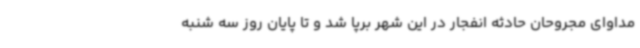
مداوای مجروحان حادثه انفجار در این شهر برپا شد و تا پایان روز سه شنبه